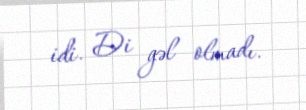
idi. Di gəl olmadı.